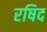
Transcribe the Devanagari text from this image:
रषिद